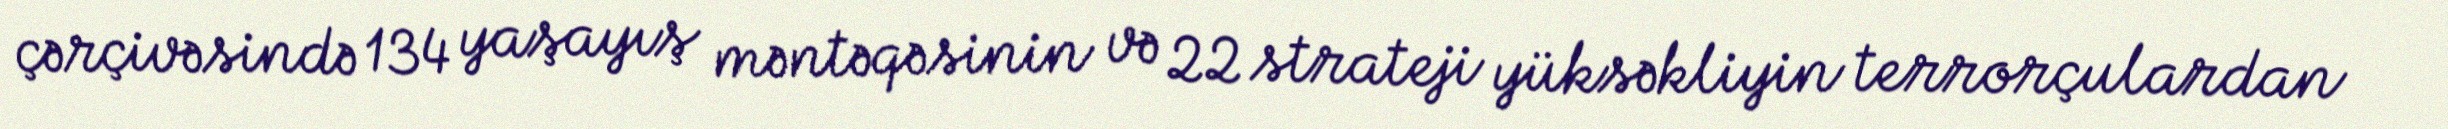
çərçivəsində 134 yaşayış məntəqəsinin və 22 strateji yüksəkliyin terrorçulardan